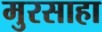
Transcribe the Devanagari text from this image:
मुरसाहा